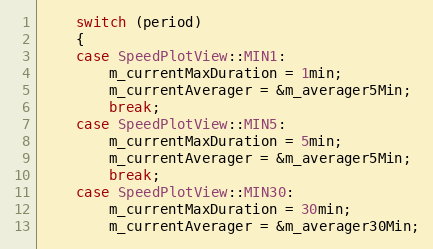
Language: C++
    switch (period)
    {
    case SpeedPlotView::MIN1:
        m_currentMaxDuration = 1min;
        m_currentAverager = &m_averager5Min;
        break;
    case SpeedPlotView::MIN5:
        m_currentMaxDuration = 5min;
        m_currentAverager = &m_averager5Min;
        break;
    case SpeedPlotView::MIN30:
        m_currentMaxDuration = 30min;
        m_currentAverager = &m_averager30Min;